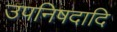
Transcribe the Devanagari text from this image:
उपनिषदादि